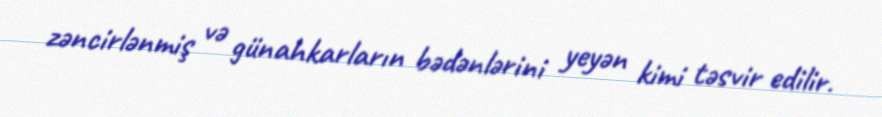
zəncirlənmiş və günahkarların bədənlərini yeyən kimi təsvir edilir.